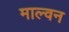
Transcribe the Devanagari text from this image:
माल्वन